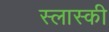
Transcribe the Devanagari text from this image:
स्लास्की